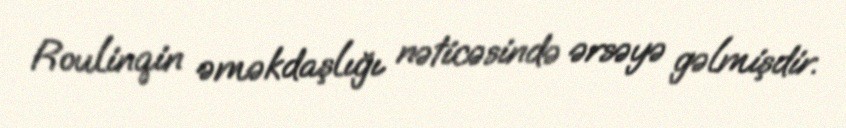
Roulinqin əməkdaşlığı nəticəsində ərsəyə gəlmişdir.